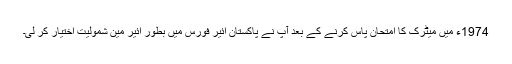
1974ء میں میٹرک کا امتحان پاس کرنے کے بعد آپ نے پاکستان ائیر فورس میں بطور ائیر مین شمولیت اختیار کر لی۔